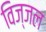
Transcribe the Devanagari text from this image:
विज्जल